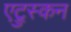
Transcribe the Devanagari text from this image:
एट्रुस्कन